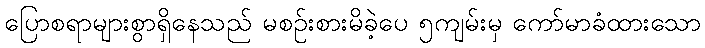
ပြောစရာများစွာရှိနေသည် မစဉ်းစားမိခဲ့ပေ ၅ကျမ်းမှ ကော်မာခံထားသော